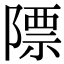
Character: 䧣